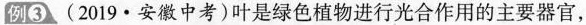
例③。(2019·安徽中考)叶是绿色植物进行光合作用的主要器官，